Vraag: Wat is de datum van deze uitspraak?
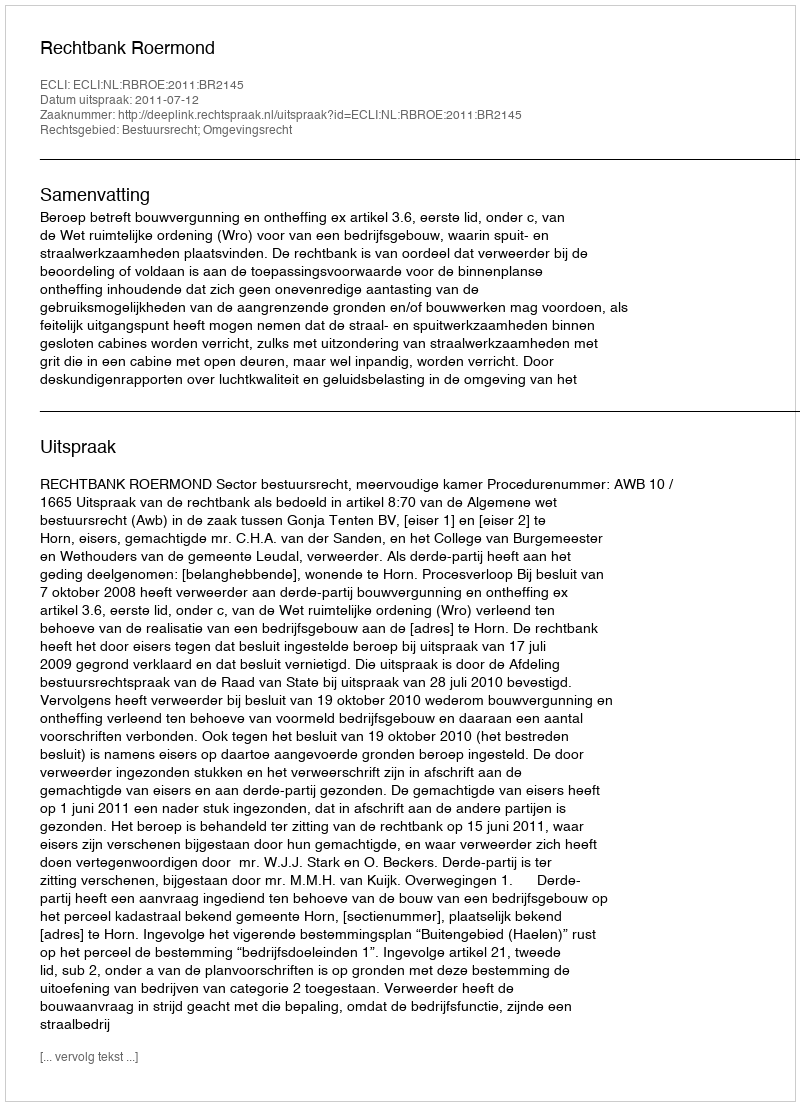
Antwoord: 2011-07-12